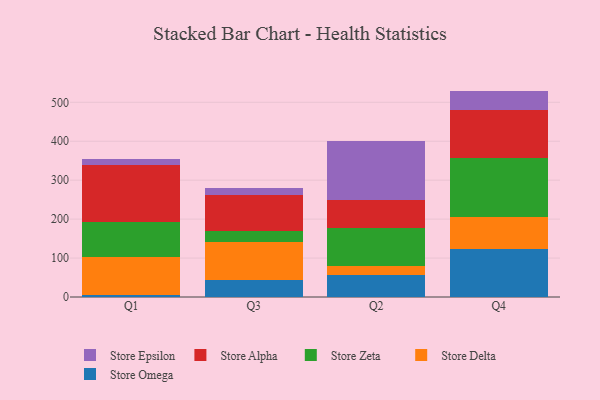
{"axis": {"x": "Quarter", "y": "Gross Profit (USD K)"}, "legend": ["Store Alpha", "Store Delta", "Store Epsilon", "Store Omega", "Store Zeta"], "data": [{"x": "Q1", "y": 5.9, "type": "Store Omega"}, {"x": "Q1", "y": 96.9, "type": "Store Delta"}, {"x": "Q1", "y": 91.0, "type": "Store Zeta"}, {"x": "Q1", "y": 145.4, "type": "Store Alpha"}, {"x": "Q1", "y": 16.1, "type": "Store Epsilon"}, {"x": "Q3", "y": 44.1, "type": "Store Omega"}, {"x": "Q3", "y": 96.4, "type": "Store Delta"}, {"x": "Q3", "y": 28.7, "type": "Store Zeta"}, {"x": "Q3", "y": 93.6, "type": "Store Alpha"}, {"x": "Q3", "y": 16.6, "type": "Store Epsilon"}, {"x": "Q2", "y": 56.8, "type": "Store Omega"}, {"x": "Q2", "y": 23.9, "type": "Store Delta"}, {"x": "Q2", "y": 96.8, "type": "Store Zeta"}, {"x": "Q2", "y": 72.2, "type": "Store Alpha"}, {"x": "Q2", "y": 150.6, "type": "Store Epsilon"}, {"x": "Q4", "y": 122.7, "type": "Store Omega"}, {"x": "Q4", "y": 82.3, "type": "Store Delta"}, {"x": "Q4", "y": 150.7, "type": "Store Zeta"}, {"x": "Q4", "y": 124.4, "type": "Store Alpha"}, {"x": "Q4", "y": 49.3, "type": "Store Epsilon"}]}